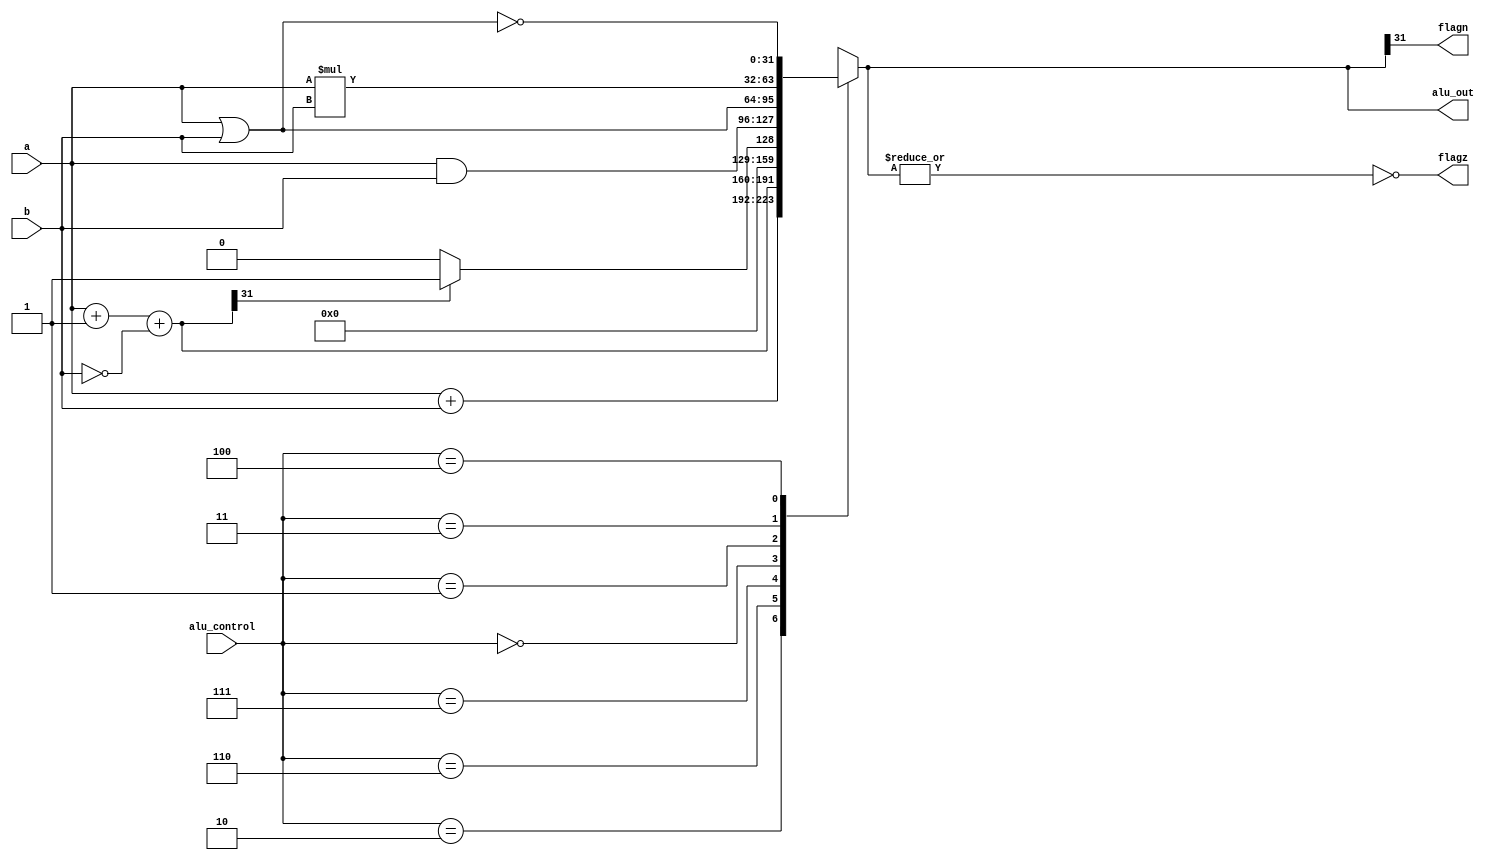
module alu32(alu_out, a, b, flagz, flagn, alu_control);
output reg [31:0] alu_out;
input [31:0] a,b;
input [2:0] alu_control;

reg [31:0] less;
output reg flagz,flagn;

always @(a or b or alu_control)
begin
	case(alu_control)
	3'b010: alu_out = a+b; // add
	3'b110: alu_out = a+1+(~b); // sub
	3'b111: begin less = a+1+(~b);
			if (less[31]) alu_out=1;
			else alu_out=0;
		end
	3'b000: alu_out = a & b; // and
	3'b001: alu_out = a|b; // or
	3'b011: alu_out = a * b;
	3'b100: alu_out = ~ (a | b); // nor
	default: alu_out=31'bx;
	endcase

	flagz = ~(|alu_out); // is zero ?
	flagn = alu_out[31]; // is negative ?
end
endmodule